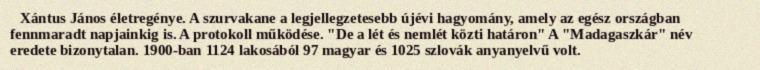
Xántus János életregénye. A szurvakane a legjellegzetesebb újévi hagyomány, amely az egész országban fennmaradt napjainkig is. A protokoll működése. "De a lét és nemlét közti határon" A "Madagaszkár" név eredete bizonytalan. 1900-ban 1124 lakosából 97 magyar és 1025 szlovák anyanyelvű volt.